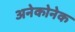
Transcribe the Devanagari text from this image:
अनेकोनेक